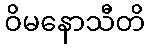
ဝိမနောသီတိ